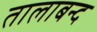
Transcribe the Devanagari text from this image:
तालाबन्द